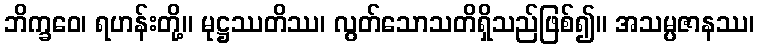
ဘိက္ခဝေ၊ ရဟန်းတို့။ မုဋ္ဌဿတိဿ၊ လွတ်သောသတိရှိသည်ဖြစ်၍။ အသမ္ပဇာနဿ၊